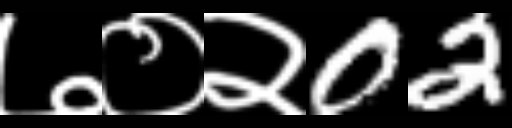
Text: ७०२02